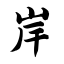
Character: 岸